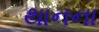
થાનના